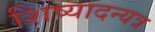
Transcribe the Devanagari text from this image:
शिष्यादन्यत्र